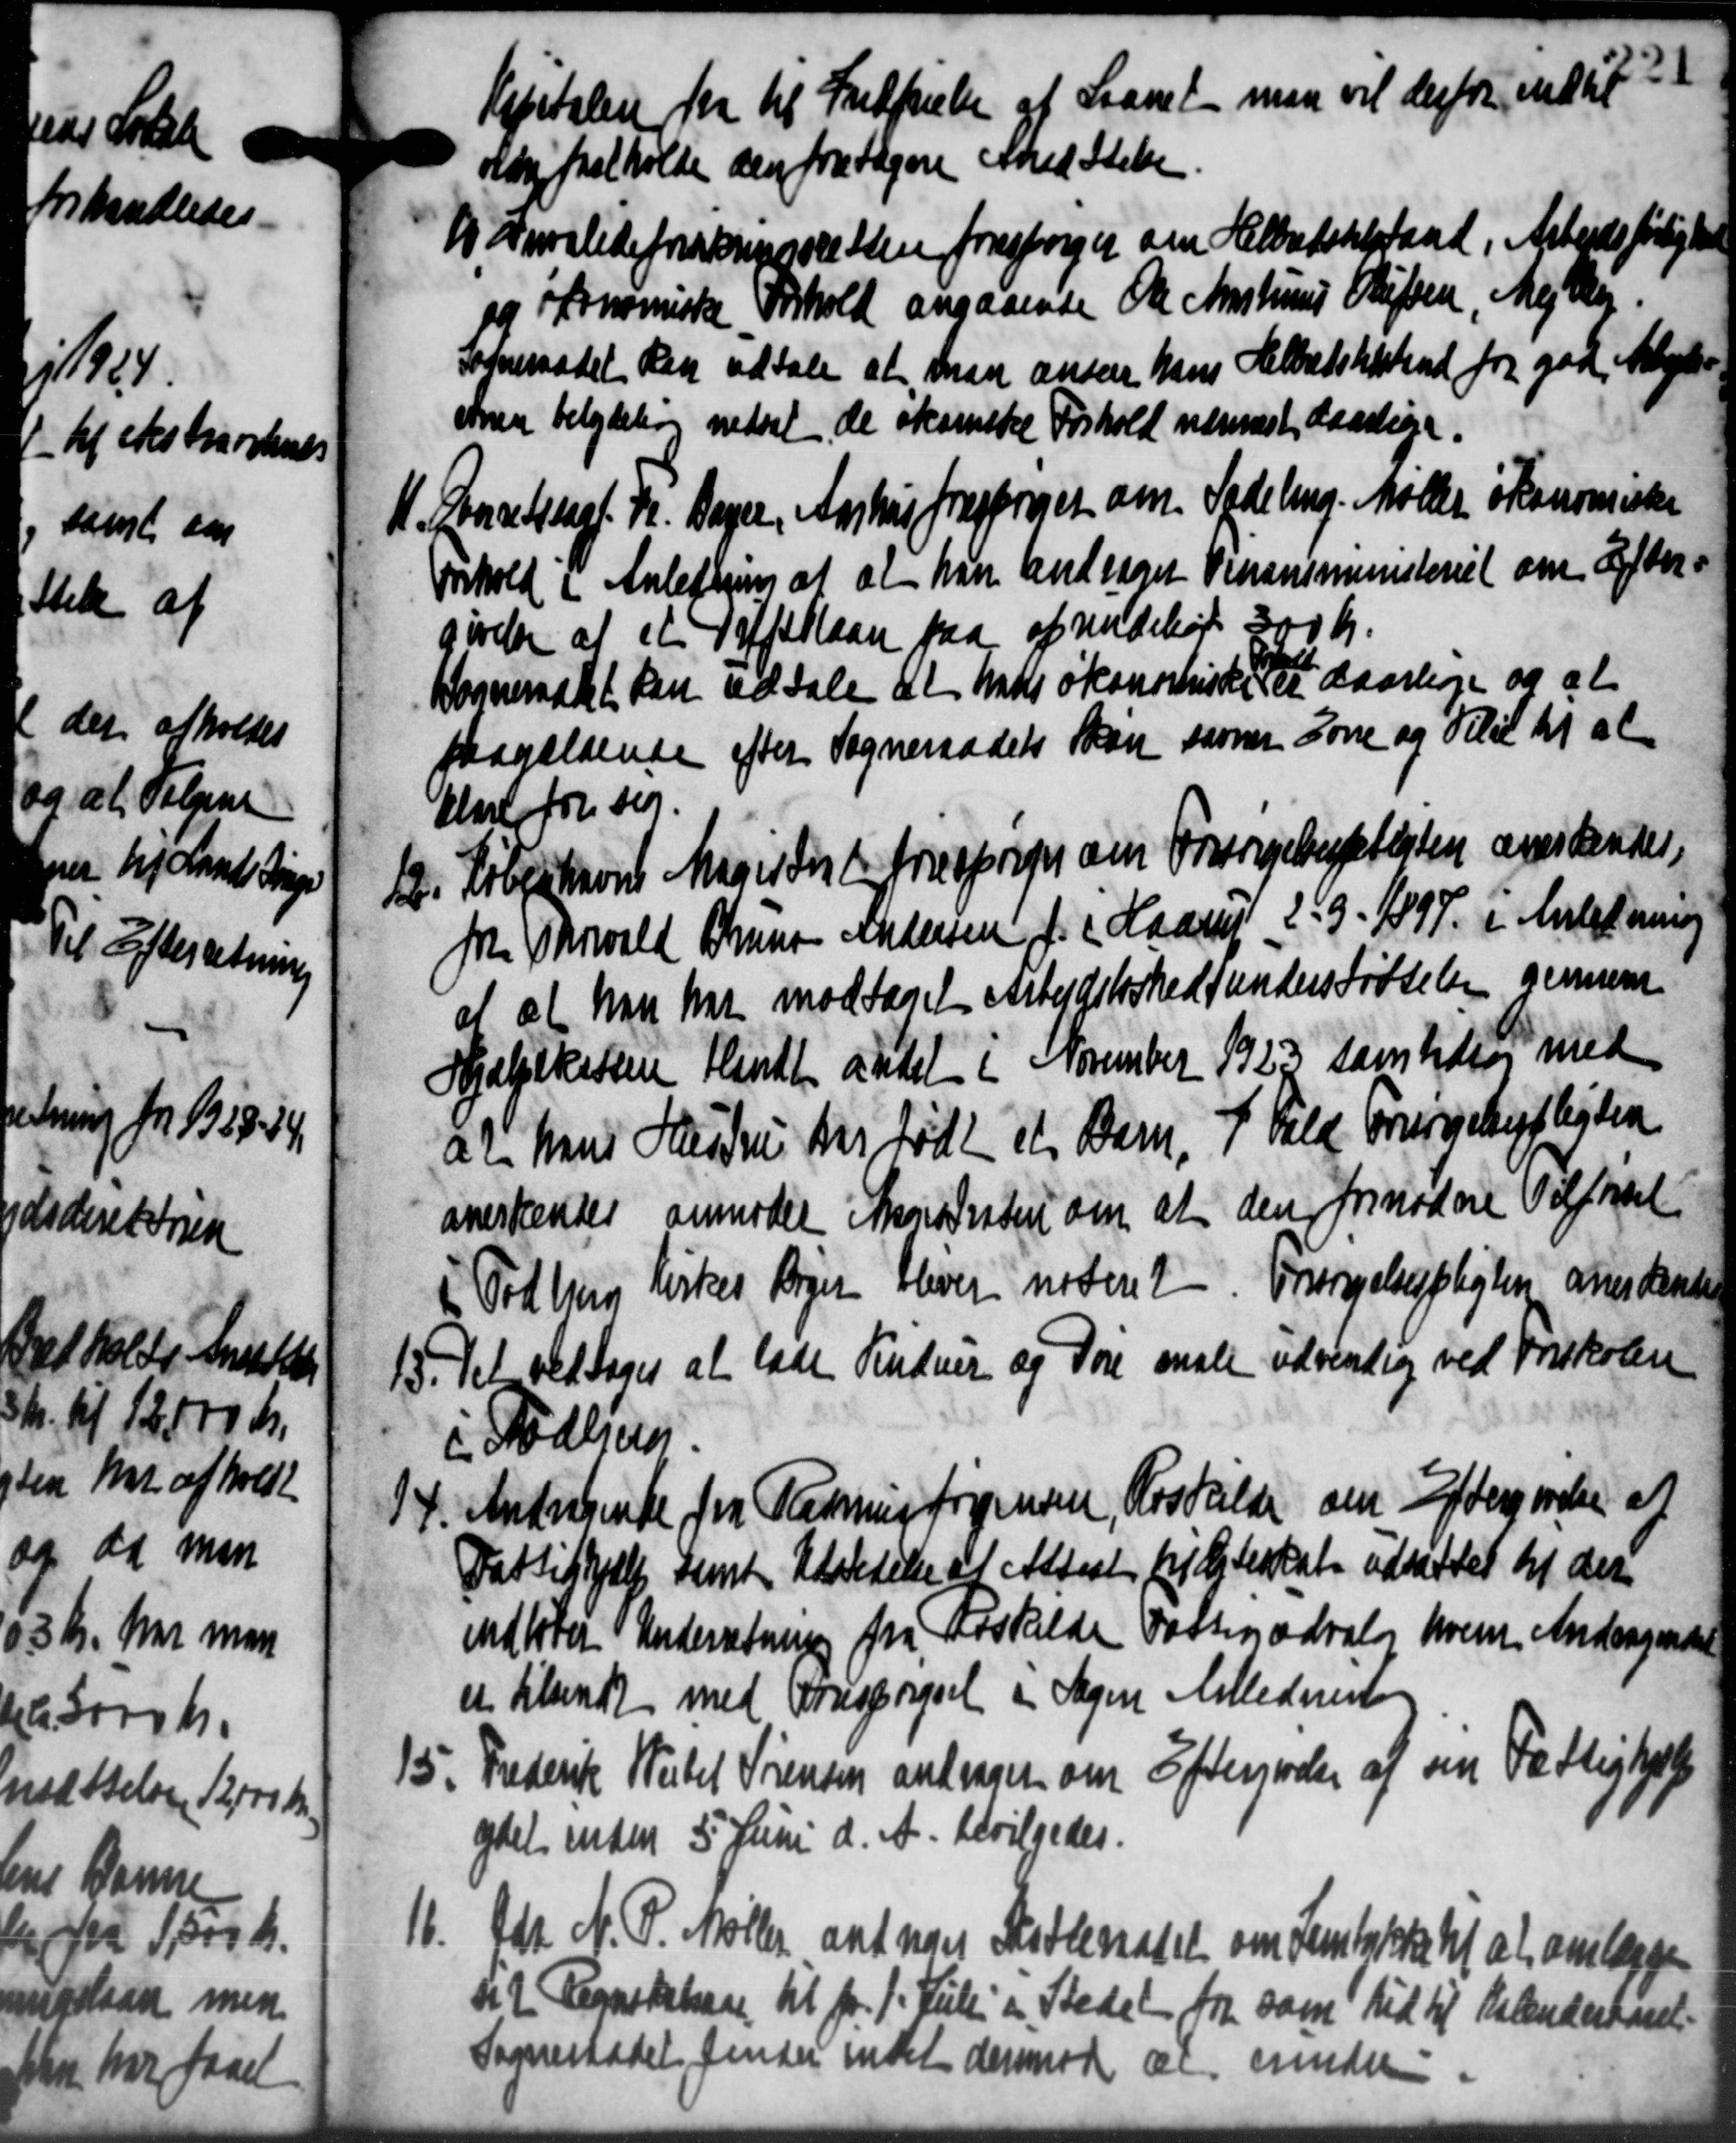
Transskription:
Kjartalen fra til Indførelse af Laanet man vil derfor indtil
oldre fratholde den fra Sagere Sted Stelse.
1 Invalideforskningsretten forspørger om Helbatstilstand, Arbejdsførlighed
1 Invalideforskningsretten forspørger om Helbatstilstand, Arbejdsførlighed
ifonomiske Forhold angaaende Ole Kristinus Stiften, Mejlby.
Sogneraadet kan udtale at man ansen hans Helbredstilstand fra god Mlyk-
sner betydelse nedsat de økanske Forhold nærmest daarlige
H. Faaretssagf. Fr. Baye, Aarhus frasprnet om Sadeling. Moller skanomiske
H. Faaretssagf. Fr. Baye, Aarhus frasprnet om Sadeling. Moller skanomiske
onhold i Anledning af at han andraget Vinansministeriet om Efter-
givelse af et Taffellaan paa af undelige 300 Kr.
Sogneraadet kan udtale at hans økonomiske det daarlige og at
paagældende efter Sogneraadets Skøn same Lone og Tilse til at
Elev for sig.
12. Københavns Magistent forespørger om Forsørgelsespligten anerkendes,
12. Københavns Magistent forespørger om Forsørgelsespligten anerkendes,
fra Thorvald Bruns Andersen f. (Haarup 259 - 1897 i Anledning
af at han har modtaget Arbejdsløshedsunderstøttelsen gennem
Hjælpekassen Flindt andet i November 1923 samtidig med
an hus Hustru har født et Barn, F. Vald Frurgehypligten
anerkendes anmoder Skovdisten om, at den fornødne Tilførsel
Todbjerg kirkes Bøger bliver noteret Forsørgelsespligten over Randet
15. Det vedtoges at lade Vinduer og Døre male udvendig ved Freskolen
15. Det vedtoges at lade Vinduer og Døre male udvendig ved Freskolen
i Todbjerg
14. Andragende fra Rasmus Jørgensen, Roskilde om Eftergivelse af
14. Andragende fra Rasmus Jørgensen, Roskilde om Eftergivelse af
Fattighjælp samt Udstedelse af Attest frilgteskat udsattet til der
idtter Underretning fra Hoskilde Fattigudvalg hver Andragende
et tilsendt med Forespørgsel i Sagen Anlednin
15.
Frederik Witel Sørensen andrager om Efterreder af sin Fattighjælp
ydet inden 5 Juni d. A. bevilgedes.
11. Gdr. N. P. Møller ant van Skatteratet om Femtykke til at omlægge
11. Gdr. N. P. Møller ant van Skatteratet om Femtykke til at omlægge
d 2 Regnskabsaar til pr. 1. Juli i Stedet fra som tid til Bekenderkant.
Sogneraadet finder indet dermode de erinder